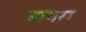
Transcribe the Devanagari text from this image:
बांवरा